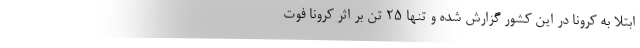
ابتلا به کرونا در این کشور گزارش شده و تنها ۲۵ تن بر اثر کرونا فوت